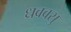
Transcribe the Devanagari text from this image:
ध्रववसु